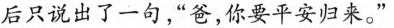
后只说出了一句，“爸，你要平安归来。”